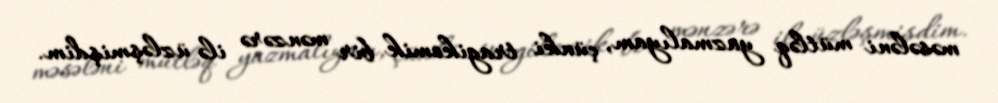
məsələni mütləq yazmalıyam, çünki tragikomik bir mənzərə ilə üzləşmişdim.